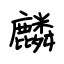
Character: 麟